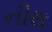
નીથ